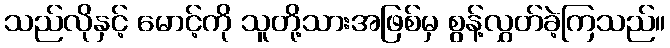
သည်လိုနှင့် မောင့်ကို သူတို့သားအဖြစ်မှ စွန့်လွှတ်ခဲ့ကြသည်။